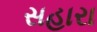
સહારા